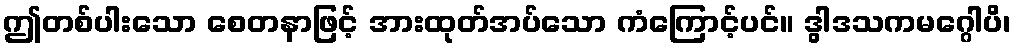
ဤတစ်ပါးသော စေတနာဖြင့် အားထုတ်အပ်သော ကံကြောင့်ပင်။ ဒွါဒသကမဂ္ဂေါပိ၊